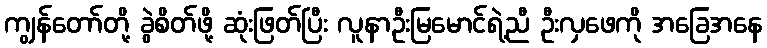
ကျွန်တော်တို့ ခွဲစိတ်ဖို့ ဆုံးဖြတ်ပြီး လူနာဦးမြမောင်ရဲ့ညီ ဦးလှဖေကို အခြေအနေ